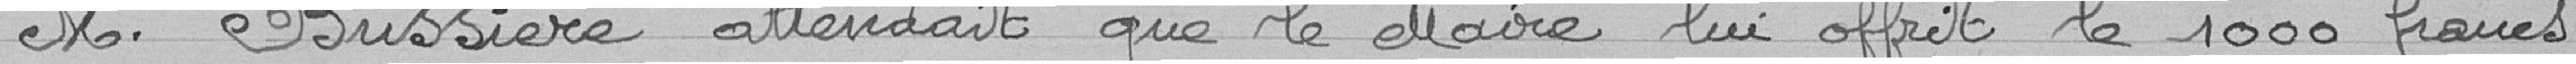
M. Bussière attendait que le Maire lui offrit le 1000 francs